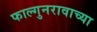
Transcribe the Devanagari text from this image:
फाल्गुनरावाच्या